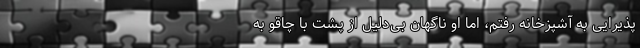
پذیرایی به آشپزخانه رفتم، اما او ناگهان بی‌دلیل از پشت با چاقو به